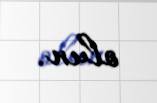
olun.